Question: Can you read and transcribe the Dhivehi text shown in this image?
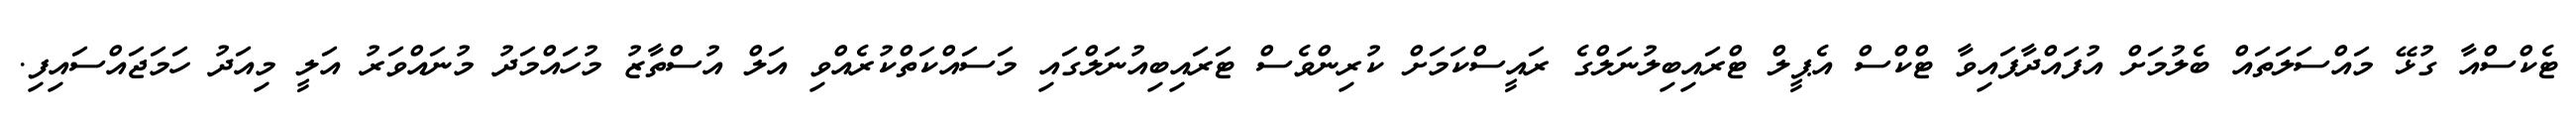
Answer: ޓެކްސްއާ ގުޅޭ މައްސަލަތައް ބެލުމަށް އުފައްދާފައިވާ ޓްކްސް އެޕީލް ޓްރައިބިލުނަލްގެ ރައީސްކަމަށް ކުރިންވެސް ޓަރައިބިއުނަލްގައި މަސައްކަތްކުރެއްވި އަލް އުސްތާޒު މުހައްމަދު މުނައްވަރު އަލީ މިއަދު ހަމަޖައްސައިފި.